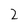
Character: 2